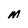
Character: M